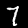
Label: 7